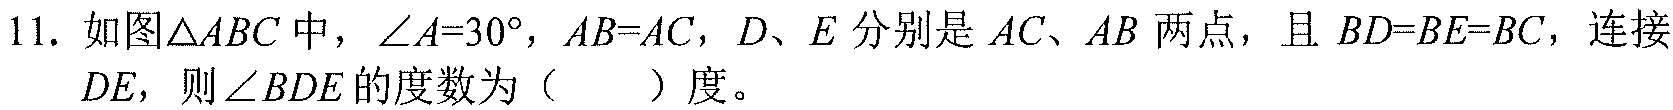
11. 如图\(\triangle ABC\)中，\(\angle A = 30^{\circ}\)，\(AB = AC\)，\(D\)、\(E\)分别是\(AC\)、\(AB\)两点，且 \(BD = BE = BC\)，连接\(DE\)，则\(\angle BDE\)的度数为（  ）度。